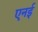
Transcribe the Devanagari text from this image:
एनई